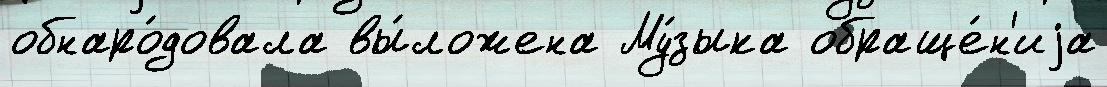
обнаро́довала вы́ложена Му́зыка обраще́н'иjа